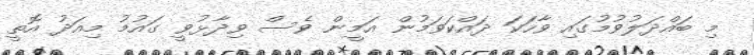
މި ބައްދަލުވުމުގައި ވާހަކަ ދައްކަވަމުން އަމީން ވެސް ވިދާޅުވީ ގައުމު މިއަދު އޮތީ